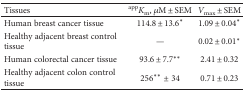
<table><thead><tr><td><b>Tissues</b></td><td><b><sup>app</sup><i>K</i><sub>m</sub>, <i>μ</i>M ± SEM</b></td><td><b><i>V</i><sub>max</sub> ± SEM</b></td></tr></thead><tbody><tr><td>Human breast cancer tissue</td><td>114.8 ± 13.6<sup>∗</sup></td><td>1.09 ± 0.04<sup>∗</sup></td></tr><tr><td>Healthy adjacent breast control tissue</td><td>—</td><td>0.02 ± 0.01<sup>∗</sup></td></tr><tr><td>Human colorectal cancer tissue</td><td>93.6 ± 7.7<sup>∗∗</sup></td><td>2.41 ± 0.32</td></tr><tr><td>Healthy adjacent colon control tissue</td><td>256<sup>∗∗</sup> ± 34</td><td>0.71 ± 0.23</td></tr></tbody></table>